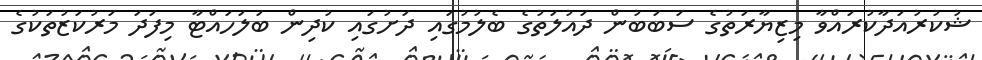
ޝުކުރުއަދާކުރައްވާ މިޒިޔާރަތުގެ ސަބަބުން ދައުލަތުގެ ބެލުމުގައި ދަށުގައި ކުދިން ބަލަހައްޓާ މިފަދަ މަރުކަޒުތަކުގެ